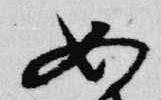
如